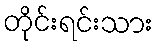
တိုင်းရင်းသား